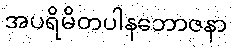
အပရိမိတပါနဘောဇနာ